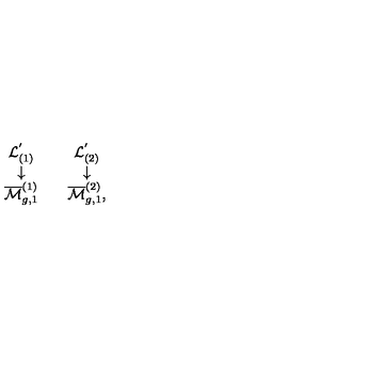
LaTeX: \begin{array} { c c c } { { \cal L } _ { ( 1 ) } ^ { ' } } & { } & { { \cal L } _ { ( 2 ) } ^ { ' } } \\ { \downarrow } & { } & { \downarrow } \\ { \overline { { { \cal M } } } _ { g , 1 } ^ { ( 1 ) } } & { } & { \overline { { { \cal M } } } _ { g , 1 } ^ { ( 2 ) } , } \\ \end{array}